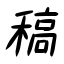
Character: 稿